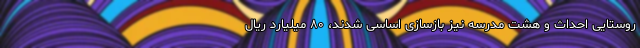
روستایی احداث و هشت مدرسه نیز بازسازی اساسی شدند، ۸۰ میلیارد ریال